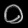
Digit: ၀